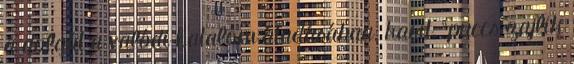
a dolgát a valódi hatalom átadásában. karit, “puccs zajlik